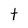
Character: t